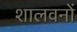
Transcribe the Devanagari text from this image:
शालवनों